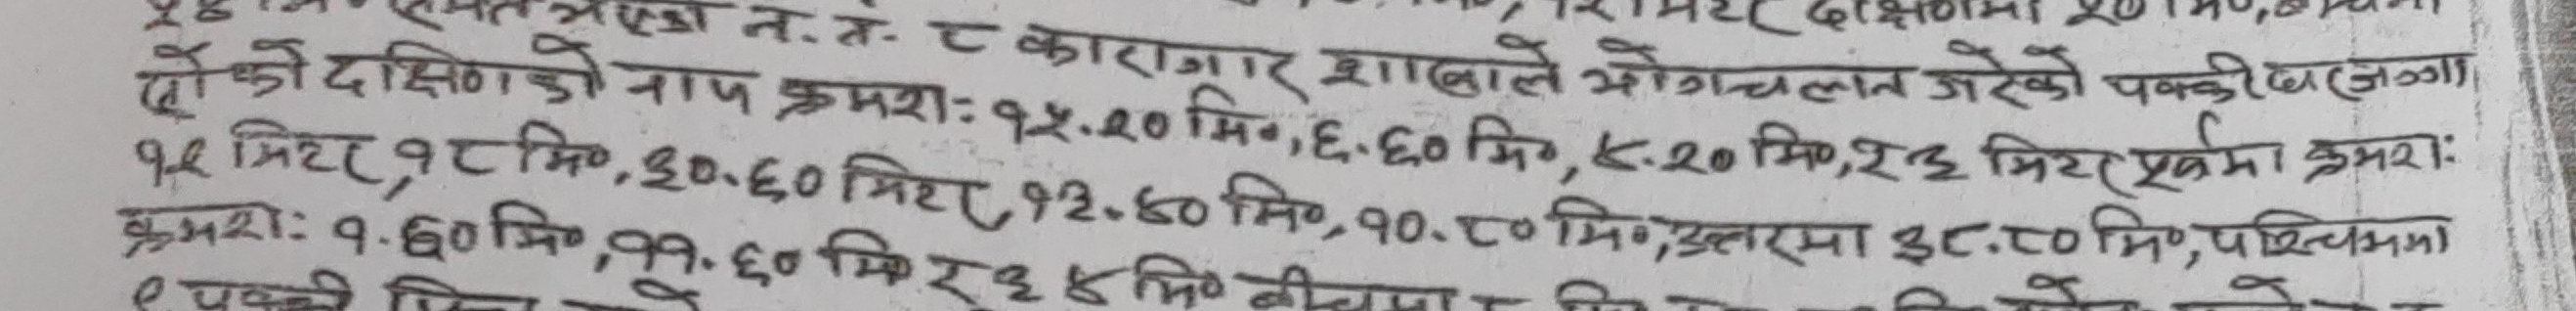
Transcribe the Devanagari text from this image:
सोको को दक्षिणको नाप क्रमशः १५.२०१
एडा न. त. ८ कारागार शाखाले भोगचलन गरेको पक्की घरजा
नाप क्रमशः
१५ मिटर, १८ मि०, ५०.६० मिटर, १२.४० मि०, १०.८० मि० उत्तरमा ३८.८० मि०, पश्चिममा
१५.२० मि०, ६.६० मि०, ४.२० मि०, १३ मिटर पूर्वमा क्रमशः
क्रमशः १.६० मि०, ११.६० मि १३४ मि० वी
0
वीचमा
9